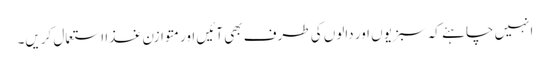
انہیں چاہئے کہ سبزیوں اور دالوں کی طرف بھی آئیں اور متوازن غذا استعمال کریں۔